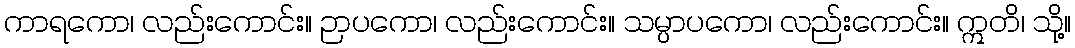
ကာရကော၊ လည်းကောင်း။ ဉာပကော၊ လည်းကောင်း။ သမ္ပာပကော၊ လည်းကောင်း။ ဣတိ၊ သို့။